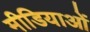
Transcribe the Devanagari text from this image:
मीडियाओं